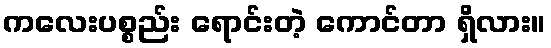
ကလေးပစ္စည်း ရောင်းတဲ့ ကောင်တာ ရှိလား။